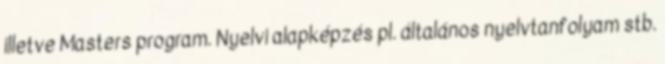
illetve Masters program. Nyelvi alapképzés pl. általános nyelvtanfolyam stb.